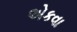
એકવા